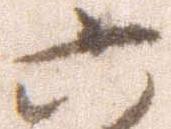
六